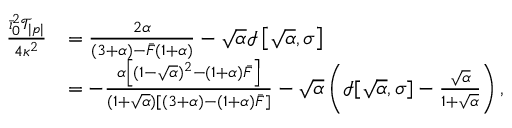
\begin{array} { r l } { \frac { \bar { \iota } _ { 0 } ^ { 2 } \mathcal { T } _ { | p | } } { 4 \kappa ^ { 2 } } } & { = \frac { 2 \alpha } { ( 3 + \alpha ) - \bar { F } ( 1 + \alpha ) } - \sqrt { \alpha } \mathcal { I } \left[ \sqrt { \alpha } , \sigma \right] } \\ & { = - \frac { \alpha \left[ ( 1 - \sqrt { \alpha } ) ^ { 2 } - ( 1 + \alpha ) \bar { F } \right] } { ( 1 + \sqrt { \alpha } ) [ ( 3 + \alpha ) - ( 1 + \alpha ) \bar { F } ] } - \sqrt { \alpha } \left( \mathcal { I } [ \sqrt { \alpha } , \sigma ] - \frac { \sqrt { \alpha } } { 1 + \sqrt { \alpha } } \right) , } \end{array}